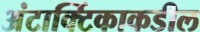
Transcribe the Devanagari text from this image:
अंटार्क्टिकाकडील